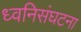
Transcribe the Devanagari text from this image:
ध्वनिसंघटना